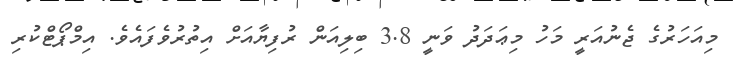
މިއަހަރުގެ ޖެނުއަރީ މަހު މިޢަދަދު ވަނީ 3.8 ބިލިއަން ރުފިޔާއަށް އިތުރުވެފައެވެ. އިމްޕޯޓްކުރި